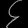
Digit: ၄